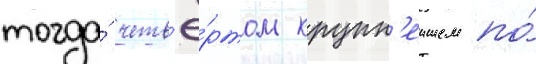
тогда́ четв'ё́ртом крупн'еишем по́